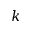
k